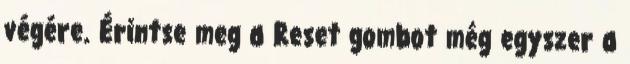
végére. Érintse meg a Reset gombot még egyszer a